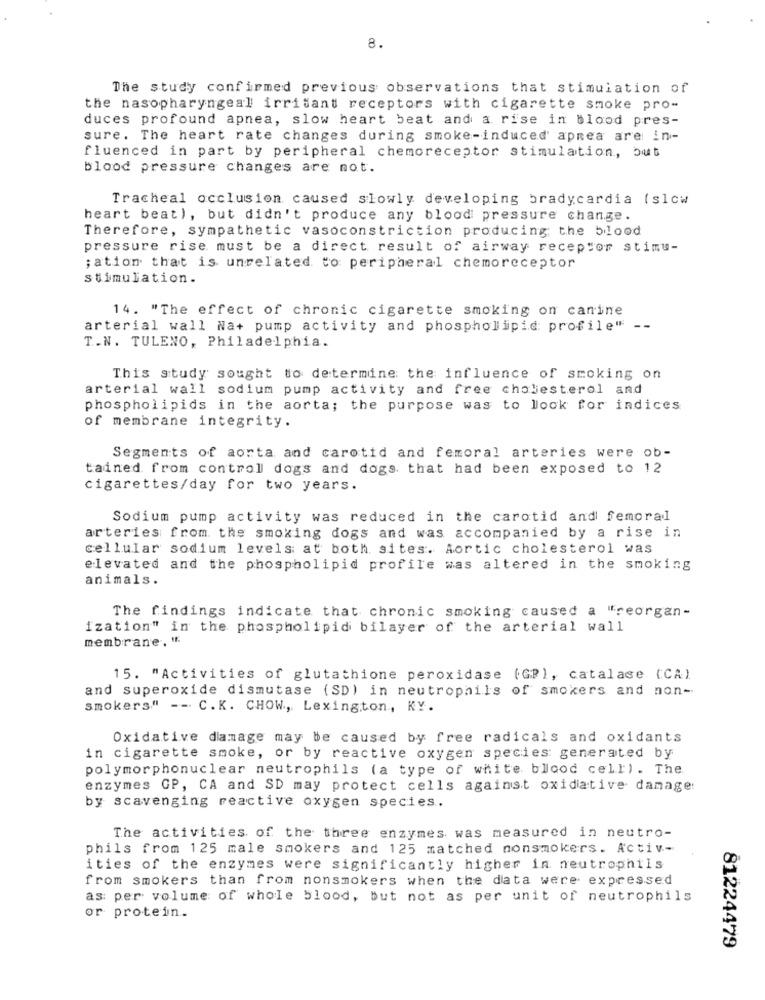
8.
The study confirmed previous observations that stimulation of
the nasopharyngeal irritant receptors with cigarette smoke pro-
duces profound apnea, slow heart beat and a rise in blood pres-
sure. The heart rate changes during smoke-induced apnea are in-
fluenced in part by peripheral chemoreceptor stimulation, but
blood pressure changes are not.
Tracheal occlusion caused slowly developing bradycardia (slow
heart beat), but didn't produce any blood pressure change.
Therefore, sympathetic vasoconstriction producing; the blood
pressure rise must be a direct result of airway receptor stimu-
; ation that is unrelated to peripheral chemoreceptor
stimulation.
14. "The effect of chronic cigarette smoking on canine
arterial wall Na+ pump activity and phospholipid: profile" --
T.N. TULENO, Philadelphia.
This study sought to determine the influence of smoking on
arterial wall sodium pump activity and free cholesterol and
phospholipids in the aorta; the purpose was to look for indices
of membrane integrity.
Segments of aorta and carotid and femoral arteries were ob-
tained from control dogs and dogs. that had been exposed to 12
cigarettes/day for two years.
Sodium pump activity was reduced in the carotid and femoral
arteries from the smoking dogs and was accompanied by a rise in
cellular sodium levels: at both sites. Aortic cholesterol was
elevated and the phospholipid profile was altered in the smoking
animals.
The findings indicate that chronic smoking caused a "reorgan-
Ization" in the phospholipid bilayer of the arterial wall
membrane. "
15. "Activities of glutathione peroxidase (GP), catalase (CA)
and superoxide dismutase (SD) in neutrophils of smokers and non-
smokers" -- C.K. CHOW, Lexington, KY.
Oxidative damage may be caused by free radicals and oxidants
in cigarette smoke, or by reactive oxygen species generated by
polymorphonuclear neutrophils (a type of white blood cell). The
enzymes GP, CA and SD may protect cells against oxidative damage:
by scavenging reactive oxygen species.
The activities of the three enzymes was measured in neutro-
phils from 125 male smokers and 125 matched nonsmokers. Activ-
ities of the enzymes were significantly higher in neutrophils
from smokers than from nonsmokers when the data were expressed
as per volume of whole blood, but not as per unit of neutrophils
or protein.
81224479